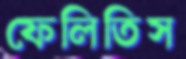
ফেলিতিস